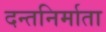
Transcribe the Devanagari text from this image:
दन्तनिर्माता